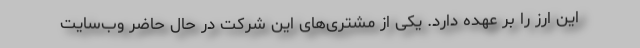
این ارز را بر عهده دارد. یکی از مشتری‌های این شرکت در حال حاضر وب‌سایت